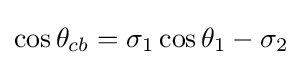
\cos \theta _{cb}=\sigma _{1}\cos \theta _{1}-\sigma _{2}